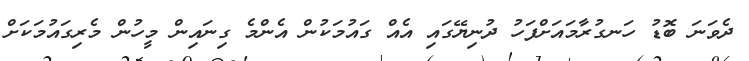
ދެވަނަ ބޮޑު ހަނގުރާމައަށްފަހު ދުނިޔޭގައި އެއް ގައުމަކުން އެންމެ ގިނައިން މީހުން މެރިގައުމަކަށް